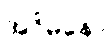
အဝိမနော